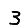
Digit: 3